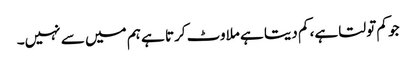
جو کم تولتا ہے، کم دیتا ہے ملاوٹ کرتا ہے ہم میں سے نہیں۔